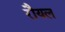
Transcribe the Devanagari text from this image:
रौयल